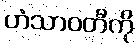
ဟံသာဝတီကို